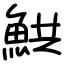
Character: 䱋